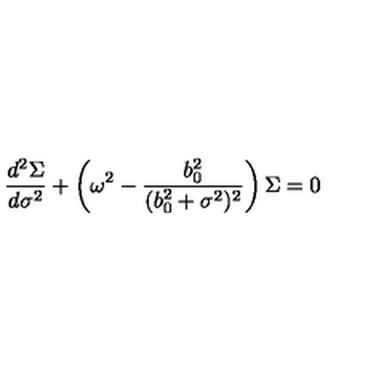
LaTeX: \frac { d ^ { 2 } \Sigma } { d \sigma ^ { 2 } } + \left( \omega ^ { 2 } - \frac { b _ { 0 } ^ { 2 } } { ( b _ { 0 } ^ { 2 } + \sigma ^ { 2 } ) ^ { 2 } } \right) \Sigma = 0